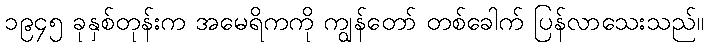
၁၉၄၅ ခုနှစ်တုန်းက အမေရိကကို ကျွန်တော် တစ်ခေါက် ပြန်လာသေးသည်။